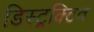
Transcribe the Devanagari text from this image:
डिस्ट्रक्टिव